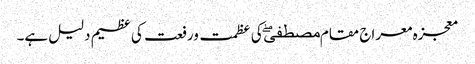
معجزہ معراج مقام مصطفیۖ کی عظمت ورفعت کی عظیم دلیل ہے۔